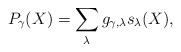
LaTeX: \begin{align*} P_{\gamma}(X) = \sum_{\lambda} g_{\gamma,\lambda} s_{\lambda}(X), \end{align*}